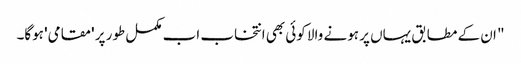
" ان کے مطابق یہاں پر ہونے والا کوئی بھی انتخاب اب مکمل طور پر 'مقامی' ہوگا۔